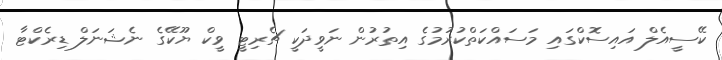
ކޭސީއެލް އައިސޮކްގައި މަސައްކަތްކުރުމުގެ އިތުރުން ނަވީދަކީ ޗެރިޓީ ވީކް ޔޫކޭގެ ނެޝަނަލް ޑިރެކްޓާ